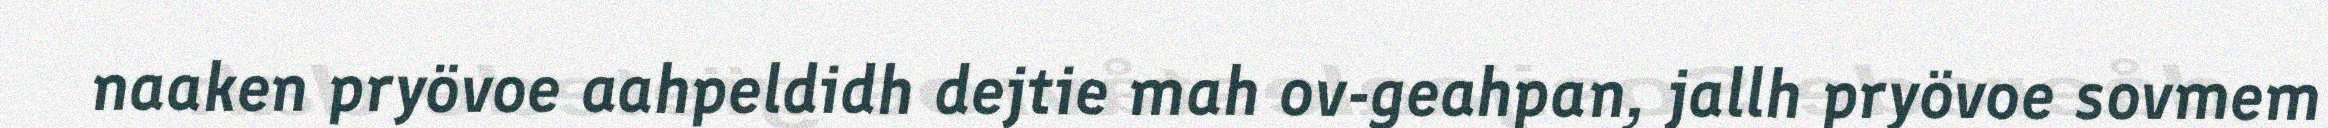
naaken pryövoe aahpeldidh dejtie mah ov-geahpan, jallh pryövoe sovmem